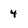
Character: 4